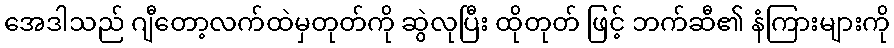
အေဒါသည် ဂျီတော့လက်ထဲမှတုတ်ကို ဆွဲလုပြီး ထိုတုတ် ဖြင့် ဘက်ဆီ၏ နံကြားများကို